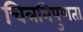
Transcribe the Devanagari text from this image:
चित्रनिपुणता